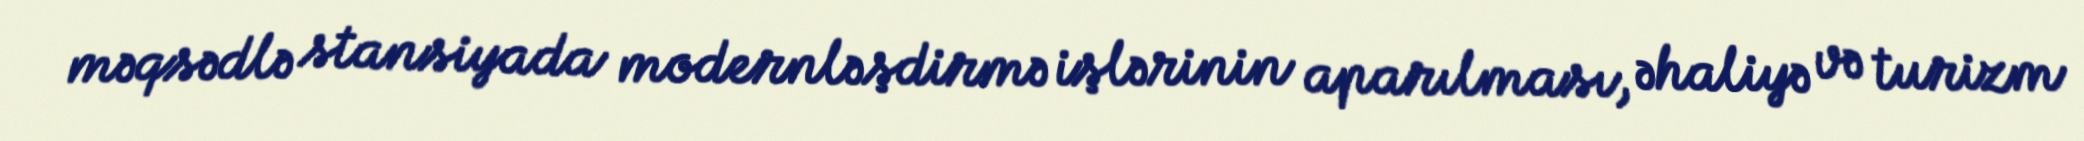
məqsədlə stansiyada modernləşdirmə işlərinin aparılması, əhaliyə və turizm